Civil Veterinary Department. Madras. Admin. report 1926-33 - 1926-1933
Year: 1926
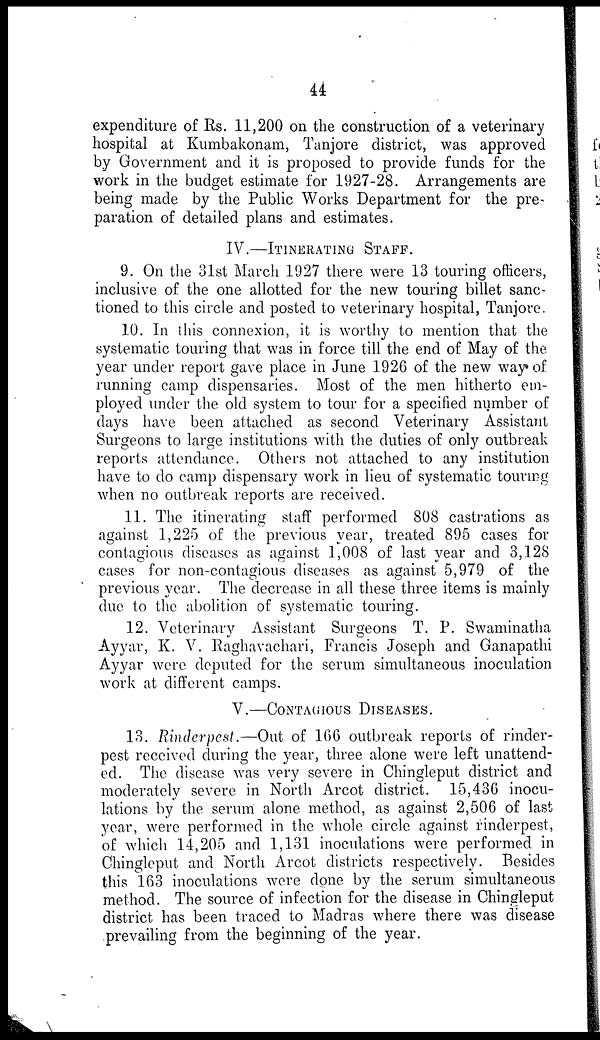
44
expenditure of Rs. 11,200 on the construction of a veterinary
hospital at Kumbakonam, Tanjore district, was approved
by Government and it is proposed to provide funds for the
work in the budget estimate for 1927-28. Arrangements are
being made by the Public Works Department for the pre-
paration of detailed plans and estimates.
IV.—ITINERATING STAFF.
9. On the 31st March 1927 there were 13 touring officers,
inclusive of the one allotted for the new touring billet sanc-
tioned to this circle and posted to veterinary hospital, Tanjore.
10. In this connexion, it is worthy to mention that the
systematic touring that was in force till the end of May of the
year under report gave place in June 1926 of the new way of
running camp dispensaries. Most of the men hitherto em-
ployed under the old system to tour for a specified number of
days have been attached as second Veterinary Assistant
Surgeons to large institutions with the duties of only outbreak
reports attendance. Others not attached to any institution
have to do camp dispensary work in lieu of systematic touring
when no outbreak reports are received.
11. The itinerating staff performed 808 castrations as
against 1,225 of the previous year, treated 895 cases for
contagious diseases as against 1,008 of last year and 3,128
cases for non-contagious diseases as against 5,979 of the
previous year. The decrease in all these three items is mainly
due to the abolition of systematic touring.
12. Veterinary Assistant Surgeons T. P. Swaminatha
Ayyar, K. V. Raghavachari, Francis Joseph and Ganapathi
Ayyar were deputed for the serum simultaneous inoculation
work at different camps.
V.—CONTAGIOUS DISEASES.
13. Rinderpest.—Out of 166 outbreak reports of rinder-
pest received during the year, three alone were left unattend-
ed. The disease was very severe in Chingleput district and
moderately severe in North Arcot district. 15,436 inocu-
lations by the serum alone method, as against 2,506 of last
year, were performed in the whole circle against rinderpest,
of which 14,205 and 1,131 inoculations were performed in
Chingleput and North Arcot districts respectively. Besides
this 163 inoculations were done by the serum simultaneous
method. The source of infection for the disease in Chingleput
district has been traced to Madras where there was disease
prevailing from the beginning of the year.